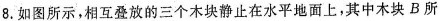
8.如图所示，相互叠放的三个木块静止在水平地面上，其中木块B